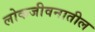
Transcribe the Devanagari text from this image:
लोकजीवनातील